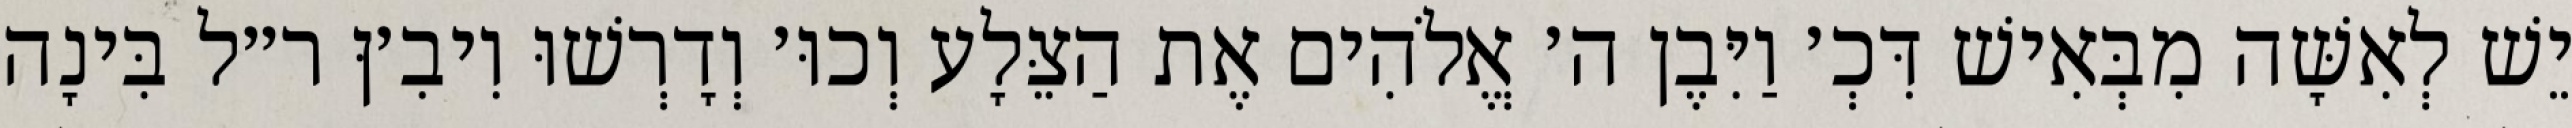
יֵשׁ לְאִשָּׁה מִבְּאִישׁ דִּכְ׳ וַיִּבֶן ה׳ אֱלֹהִים אֶת הַצֵּלָע וְכוּ׳ וְדָרְשׁוּ וִיבִ׳ןּ ר״ל בִּינָה